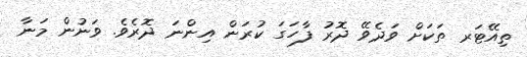
ތިއޭޓަރ ތަކަށް ވަދެވޭ ދޮރު ފާހަގަ ކުރަން އިންނަ ދޮރެވެ. ވަނުން މަނާ